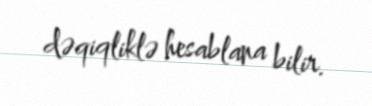
dəqiqliklə hesablana bilir.